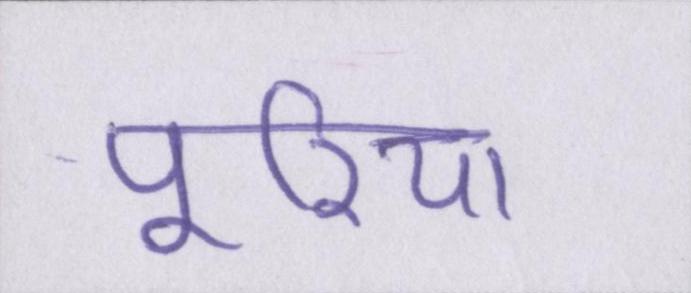
पूरिया